18_100754_ General 1946-7_Vol_2
Agency: Department of War
Incident date: 12/30/47
Page 13
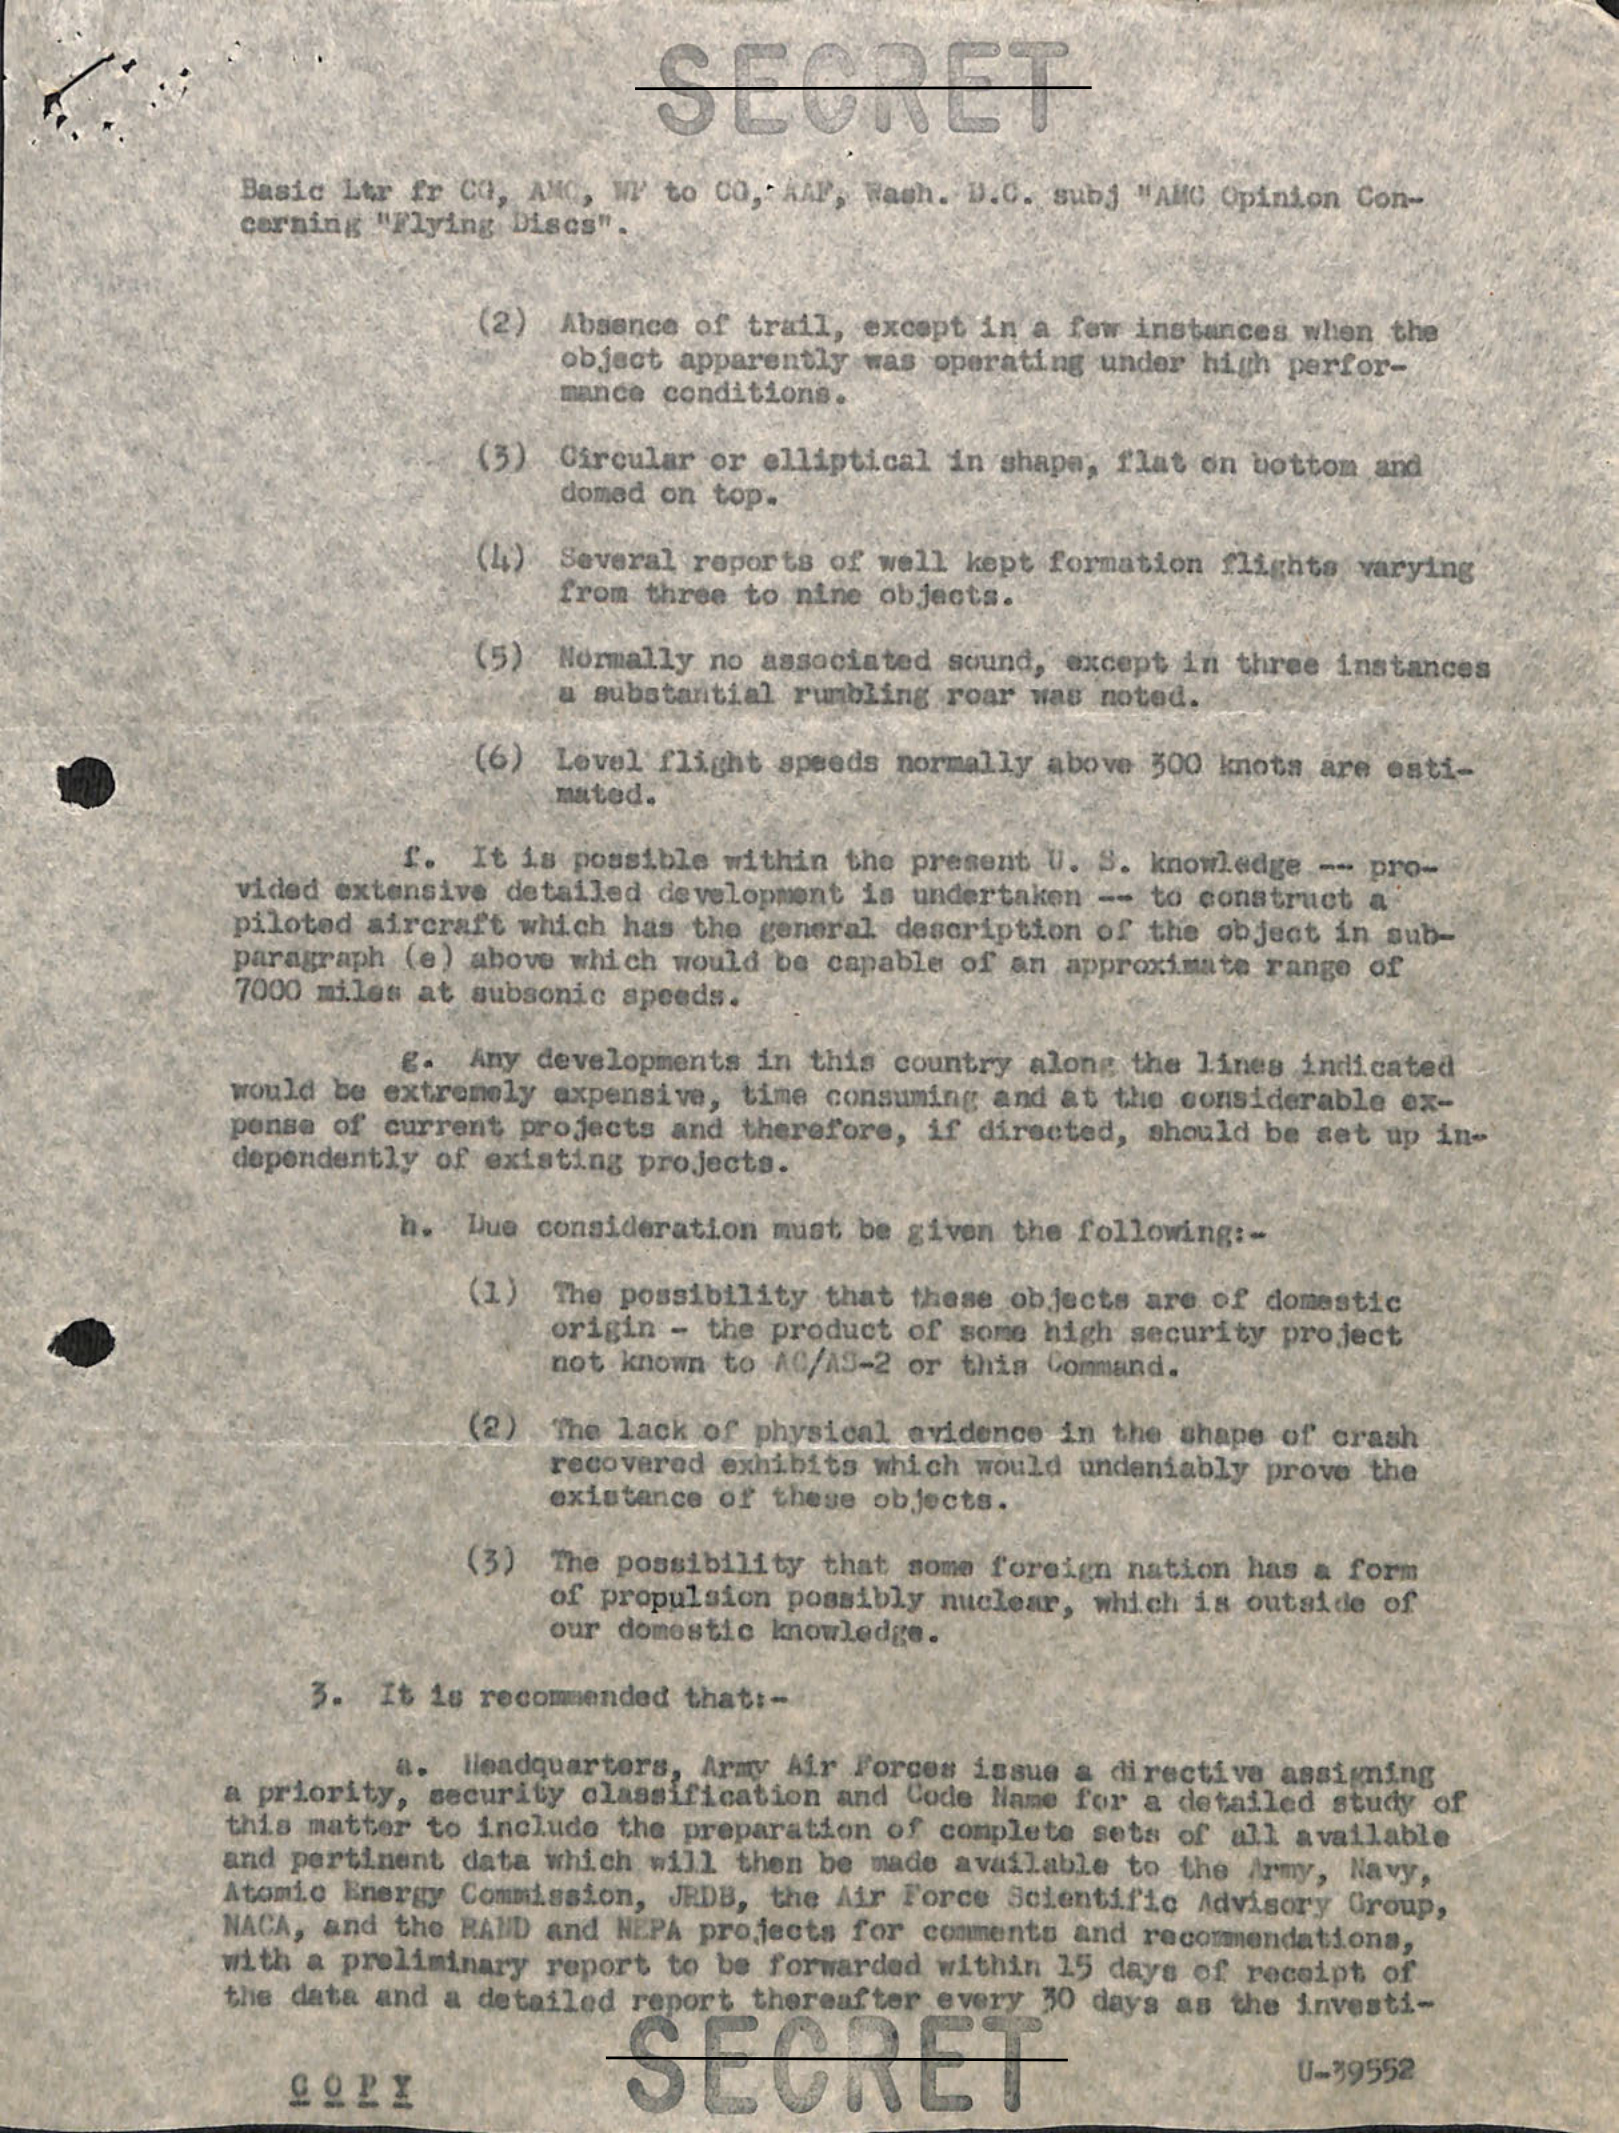